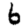
Digit: 6